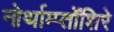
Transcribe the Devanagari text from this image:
नोर्थाम्प्तोंशिरे